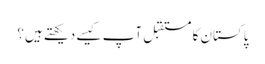
پاکستان کا مستقبل آپ کیسے دیکھتے ہیں؟